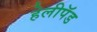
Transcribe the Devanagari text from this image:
हेलीपॅड